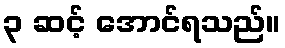
၃ ဆင့် အောင်ရသည်။